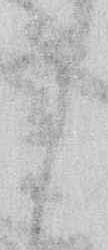
そ